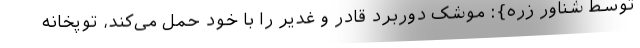
توسط شناور زره}: موشک دوربرد قادر و غدیر را با خود حمل می‌کند، توپخانه